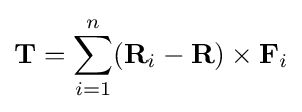
\mathbf {T} =\sum _{i=1}^{n}(\mathbf {R} _{i}-\mathbf {R} )\times \mathbf {F} _{i}